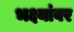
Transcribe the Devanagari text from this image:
भक्ष्यांवर